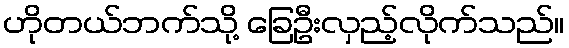
ဟိုတယ်ဘက်သို့ ခြေဦးလှည့်လိုက်သည်။